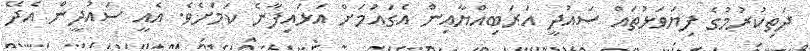
ދަތިކުރުމުގެ ފިޔަވަޅުތައް ސައުދީ އަރަބިއްޔާއިން އެގައުމަށް އަޅައިފާނެ ކަމަށެވެ. އެއީ ސައުދީން އެދޭ